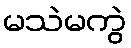
မသဲမကွဲ